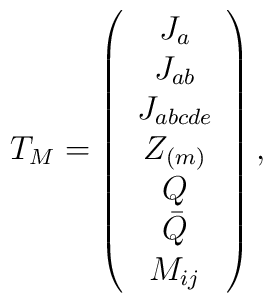
T_{M}=\left( \begin{array}{c}J_{a} \\ J_{ab} \\ J_{abcde} \\ Z_{(m)} \\ Q \\ \bar{Q} \\ M_{ij}\end{array} \right),